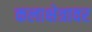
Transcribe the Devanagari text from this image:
कलाक्षेत्रावर